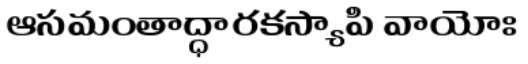
ఆసమంతాద్ధారకస్యాపి వాయోః